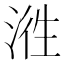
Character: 𭰵